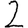
Digit: 2